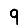
Digit: 9